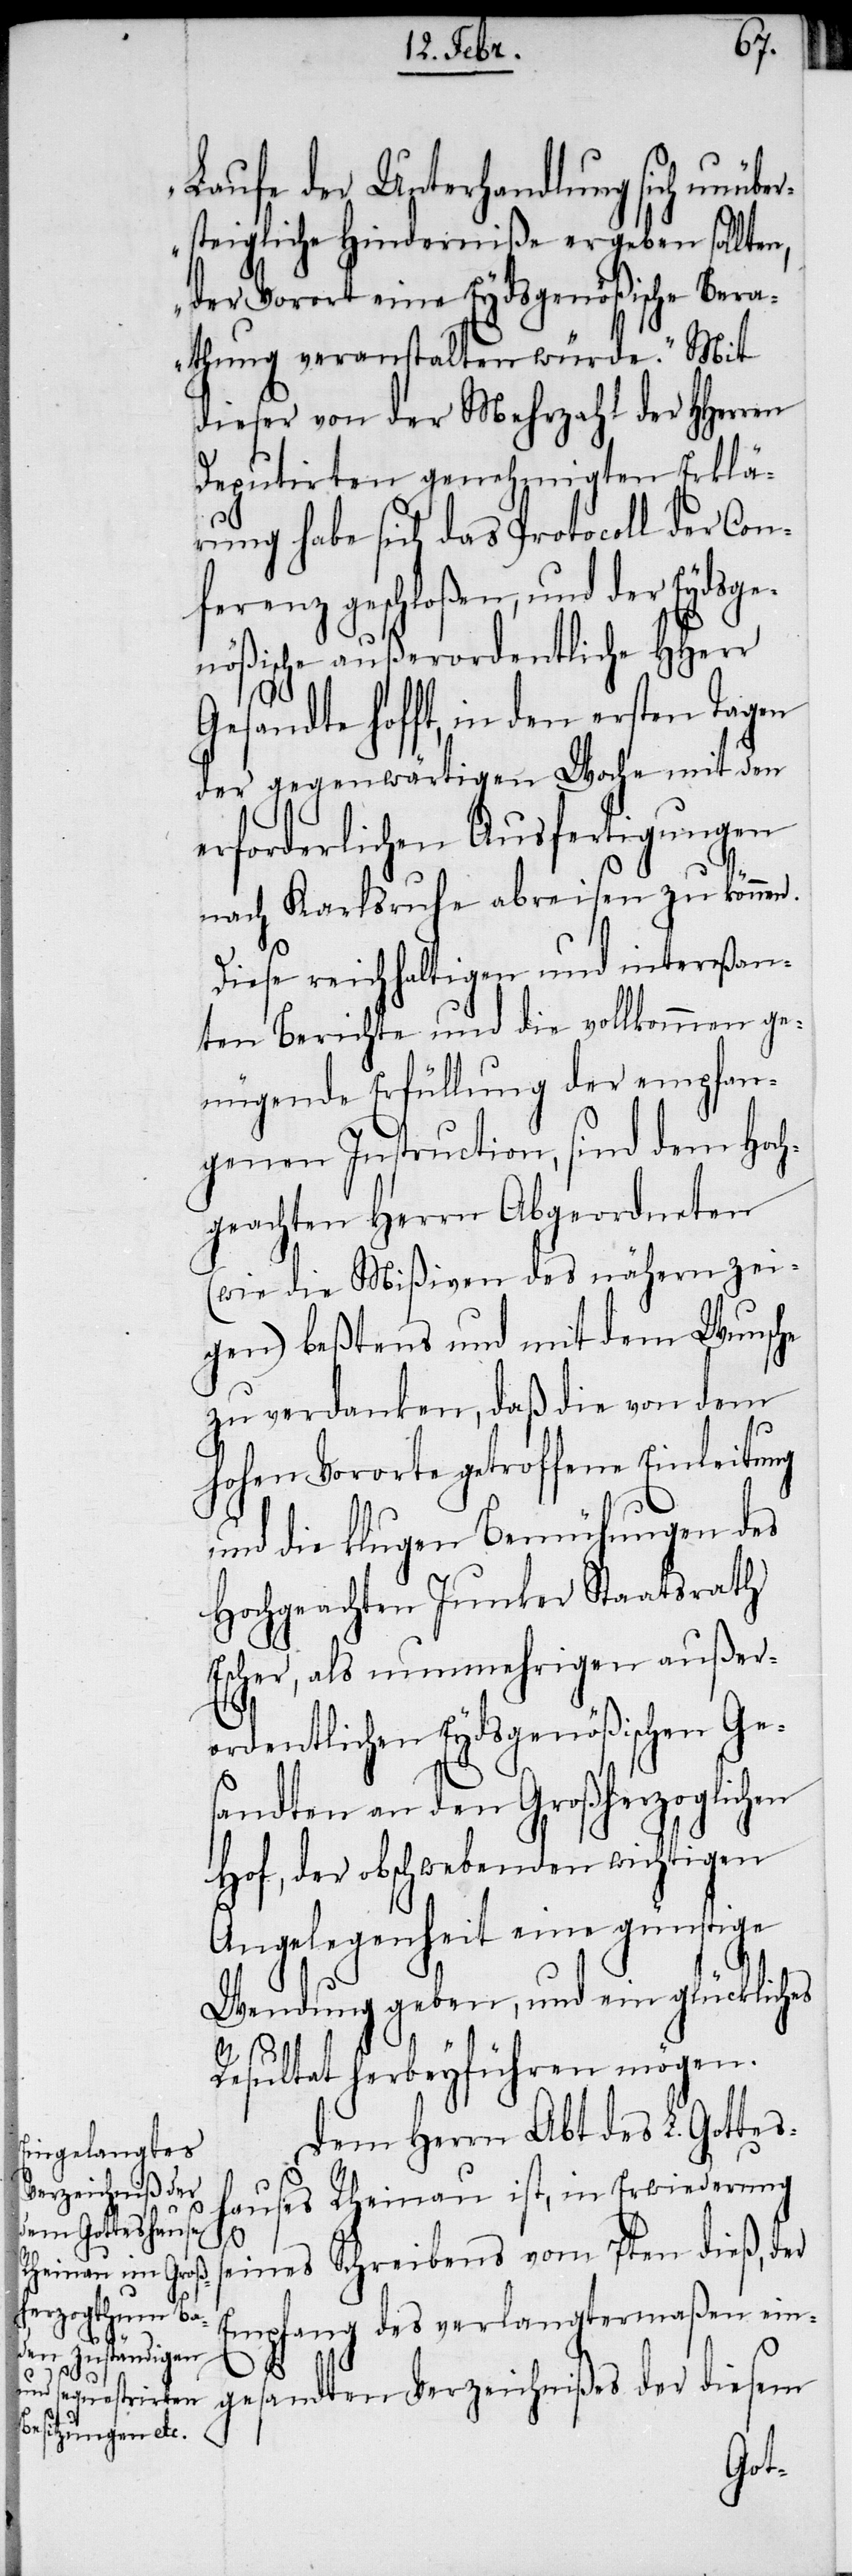
Laufe der Unterhandlung sich unübe¬
rsteigliche Hinderniße ergeben sollten,
der Vorort eine Eydsgenößische Bera¬
thung veranstalten würde.“ Mit
dieser von der Mehrzahl der HHerren
Deputirten genehmigten Erklä¬
rung habe sich das Protocoll der Con¬
ferenz geschloßen, und der Eydsge¬
nößische außerordentliche HHerr
Gesandte hofft, in den ersten Tagen
der gegenwärtigen Woche mit den
erforderlichen Ausfertigungen
nach Karlsruhe abreisen zu können.
Diese reichhaltigen und intereßan¬
ten Berichte und die vollkommen ge¬
nügende Erfüllung der empfan¬
genen Instruction, sind dem Hoch¬
geachten Herrn Abgeordneten
(wie die Mißiven des nähern zei¬
gen) beßtens und mit dem Wunsche
zu verdanken, daß die von dem
hohen Vororte getroffene Einleitung
und die klugen Bemühungen des
Hochgeachten Junker Staatsrath
Escher, als nunmehrigen außer¬
ordentlichen Eydsgenößischen Ge¬
sandten an den Großherzoglichen
Hof, der obschwebenden wichtigen
Angelegenheit eine günstige
Wendung geben, und ein glückliches
Resultat herbeyführen mögen.
Dem Herrn Abt des L. Gottes¬
hauses Rheinau ist, in Erwiederung
s¬
eines Schreibens vom 7ten dieß, der
Empfang des verlangtermaßen ein¬
gesandten Verzeichnißes der diesem